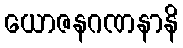
ယောဇနဂဏနာနိ